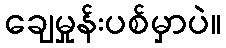
ချေမှုန်းပစ်မှာပဲ။